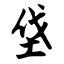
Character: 垡